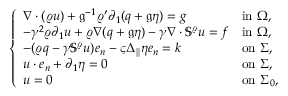
\left\{ \begin{array} { l l } { \nabla \cdot ( \varrho u ) + \mathfrak { g } ^ { - 1 } \varrho ^ { \prime } \partial _ { 1 } ( q + \mathfrak { g } \eta ) = g } & { \mathrm { i n ~ } \Omega , } \\ { - \gamma ^ { 2 } \varrho \partial _ { 1 } u + \varrho \nabla ( q + \mathfrak { g } \eta ) - \gamma \nabla \cdot \mathbb { S } ^ { \varrho } u = f } & { \mathrm { i n ~ } \Omega , } \\ { - ( \varrho q - \gamma \mathbb { S } ^ { \varrho } u ) e _ { n } - \varsigma \Delta _ { \| } \eta e _ { n } = k } & { \mathrm { o n ~ } \Sigma , } \\ { u \cdot e _ { n } + \partial _ { 1 } \eta = 0 } & { \mathrm { o n ~ } \Sigma , } \\ { u = 0 } & { \mathrm { o n ~ } \Sigma _ { 0 } , } \end{array} \right.